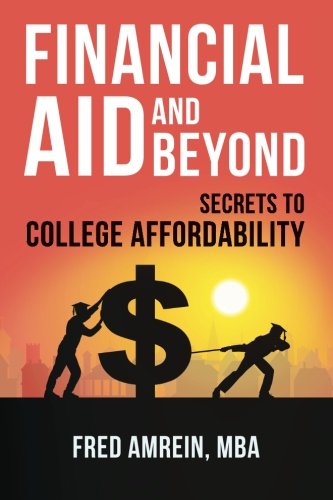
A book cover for Financial Aid and Beyond: Secrets to College Affordability; MBA, Fred Amrein; Business & Money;